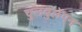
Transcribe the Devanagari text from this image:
चुलबुलेपन